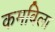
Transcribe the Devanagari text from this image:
कमविला